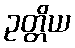
ဥတ္တိယ